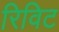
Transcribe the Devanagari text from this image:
रिविट